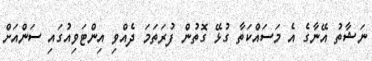
ނަޝާތު އޭނާގެ އެ މަސައްކަތާ ގުޅޭ ގޮތުން ފުރަތަމަ ދެއްވި އިންޓަވިއުގައި ސަންއަށް